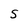
Character: 5